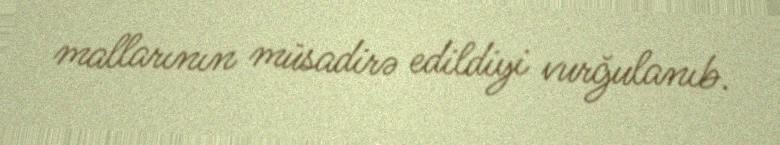
mallarının müsadirə edildiyi vurğulanıb.